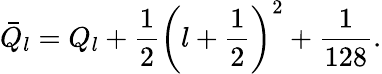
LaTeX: \bar{Q}_{l}=Q_{l}+\frac{1}{2}\left(l+\frac{1}{2}\right)^{2}+\frac{1}{128}.